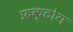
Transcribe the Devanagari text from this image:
फ्रक्टोग